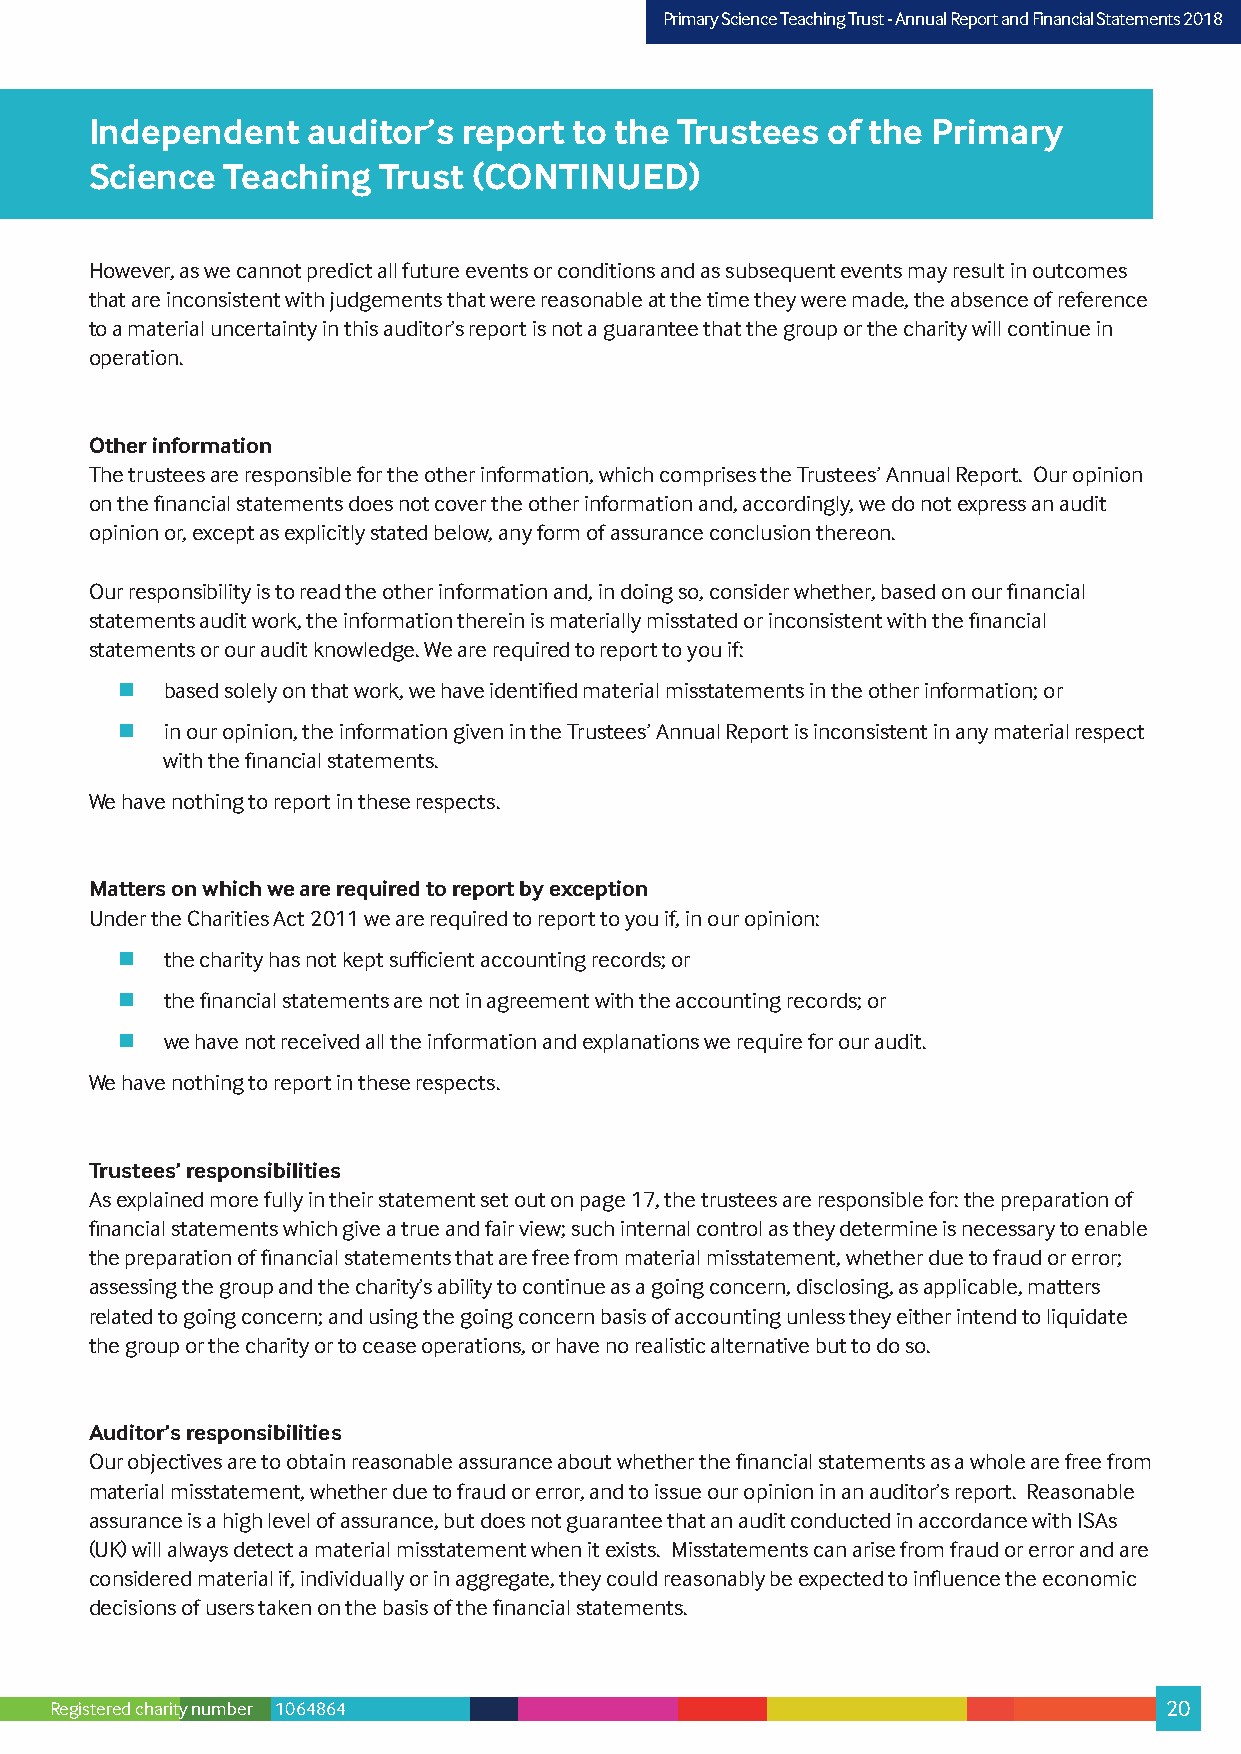
PPrriimmaarryy SScciieennccee TTeeaacchhiinngg TTrruusstt –- AAnnnnuuaall RReeppoorrtt aanndd FFiinnaanncciiaall SSttaatteemmeennttss 22001178
 Independent   auditor’s  report to the Trustees  of the Primary
 Science  Teaching  Trust (CONTINUED)
 However, as we cannot predict all future events or conditions and as subsequent events may result in outcomes
 that are inconsistent with judgements that were reasonable at the time they were made, the absence of reference
 to a material uncertainty in this auditor’s report is not a guarantee that the group or the charity will continue in
 operation.
 Other information
 The trustees are responsible for the other information, which comprises the Trustees’ Annual Report. Our opinion
 on the financial statements does not cover the other information and, accordingly, we do not express an audit
 opinion or, except as explicitly stated below, any form of assurance conclusion thereon.
 Our responsibility is to read the other information and, in doing so, consider whether, based on our financial
 statements audit work, the information therein is materially misstated or inconsistent with the financial
 statements or our audit knowledge. We are required to report to you if:
   based solely on that work, we have identified material misstatements in the other information; or
   in our opinion, the information given in the Trustees’ Annual Report is inconsistent in any material respect
 with the financial statements.
 We have nothing to report in these respects.
 Matters on which we are required to report by exception
 Under the Charities Act 2011 we are required to report to you if, in our opinion:
   the charity has not kept sufficient accounting records; or
   the financial statements are not in agreement with the accounting records; or
   we have not received all the information and explanations we require for our audit.
 We have nothing to report in these respects.
 Trustees’ responsibilities
 As explained more fully in their statement set out on page 17, the trustees are responsible for: the preparation of
 financial statements which give a true and fair view; such internal control as they determine is necessary to enable
 the preparation of financial statements that are free from material misstatement, whether due to fraud or error;
 assessing the group and the charity’s ability to continue as a going concern, disclosing, as applicable, matters
 related to going concern; and using the going concern basis of accounting unless they either intend to liquidate
 the group or the charity or to cease operations, or have no realistic alternative but to do so.
 Auditor’s responsibilities
 Our objectives are to obtain reasonable assurance about whether the financial statements as a whole are free from
 material misstatement, whether due to fraud or error, and to issue our opinion in an auditor’s report. Reasonable
 assurance is a high level of assurance, but does not guarantee that an audit conducted in accordance with ISAs
 (UK) will always detect a material misstatement when it exists. Misstatements can arise from fraud or error and are
 considered material if, individually or in aggregate, they could reasonably be expected to influence the economic
 decisions of users taken on the basis of the financial statements.
 Registered charity number 1064864                                         20